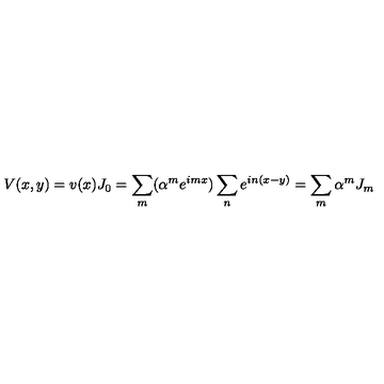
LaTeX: V ( x , y ) = v ( x ) J _ { 0 } = \sum _ { m } ( \alpha ^ { m } e ^ { i m x } ) \sum _ { n } e ^ { i n ( x - y ) } = \sum _ { m } \alpha ^ { m } J _ { m }